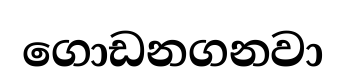
ගොඩනගනවා